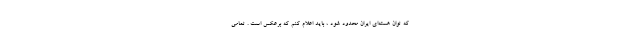
که توان هسته‌ای ایران محدود شود ، باید اعلام کنم که برعکس است . تمامی